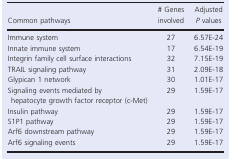
<table><thead><tr><td><b>Common pathways</b></td><td><b># Genes involved</b></td><td><b>Adjusted <i>P</i> values</b></td></tr></thead><tbody><tr><td>Immune system</td><td>27</td><td>6.57E‐24</td></tr><tr><td>Innate immune system</td><td>17</td><td>6.54E‐19</td></tr><tr><td>Integrin family cell surface interactions</td><td>32</td><td>7.15E‐19</td></tr><tr><td>TRAIL signaling pathway</td><td>31</td><td>2.09E‐18</td></tr><tr><td>Glypican 1 network</td><td>30</td><td>1.01E‐17</td></tr><tr><td>Signaling events mediated by hepatocyte growth factor receptor (c‐Met)</td><td>29</td><td>1.59E‐17</td></tr><tr><td>Insulin pathway</td><td>29</td><td>1.59E‐17</td></tr><tr><td>S1P1 pathway</td><td>29</td><td>1.59E‐17</td></tr><tr><td>Arf6 downstream pathway</td><td>29</td><td>1.59E‐17</td></tr><tr><td>Arf6 signaling events</td><td>29</td><td>1.59E‐17</td></tr></tbody></table>